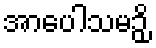
အာပေါသမဉှိ